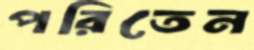
পরিতেন